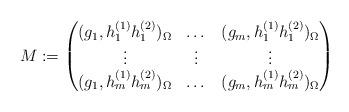
LaTeX: \begin{align*}M:=\begin{pmatrix} ( g_1, h_{1}^{(1)} h_{1}^{(2)} )_{\Omega}& \dots & ( g_m, h_{1}^{(1)} h_{1}^{(2)} )_{\Omega}\\\vdots & \vdots & \vdots\\ ( g_1, h_{m}^{(1)}h_{m}^{(2)} )_{\Omega} & \dots & ( g_m, h_{m}^{(1)} h_{m}^{(2)} )_{\Omega}\end{pmatrix}\end{align*}